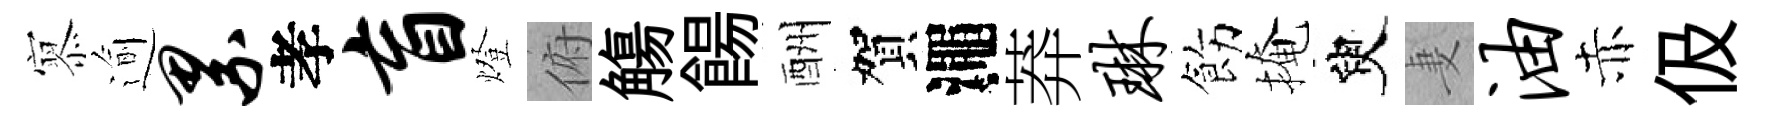
𡪹逾累孝盲燈俯觴餳酬賀澠莽琳飭掩臾妻油赤伋